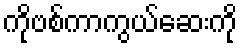
ကိုဗစ်ကာကွယ်ဆေးကို